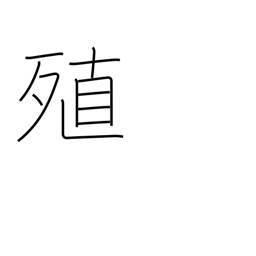
Meaning: augment